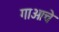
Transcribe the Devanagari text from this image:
गाओचे